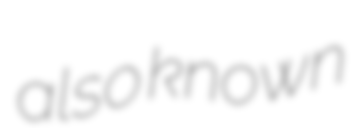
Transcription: also known